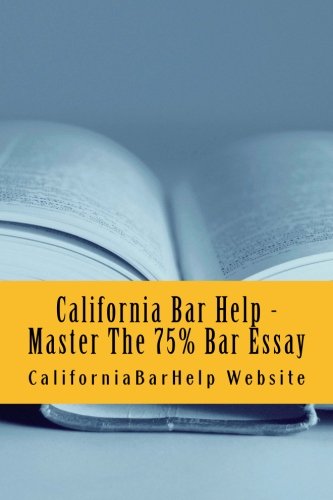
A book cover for California Bar Help - Master The 75% Bar Essay: Write Essays That Would Be Published As Models On Any State Bar Examination - LOOK INSIDE!!!!; CaliforniaBarHelp Website; Test Preparation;